Vaccination report Assam 1896-1927 - 1896-1927
Year: 1896
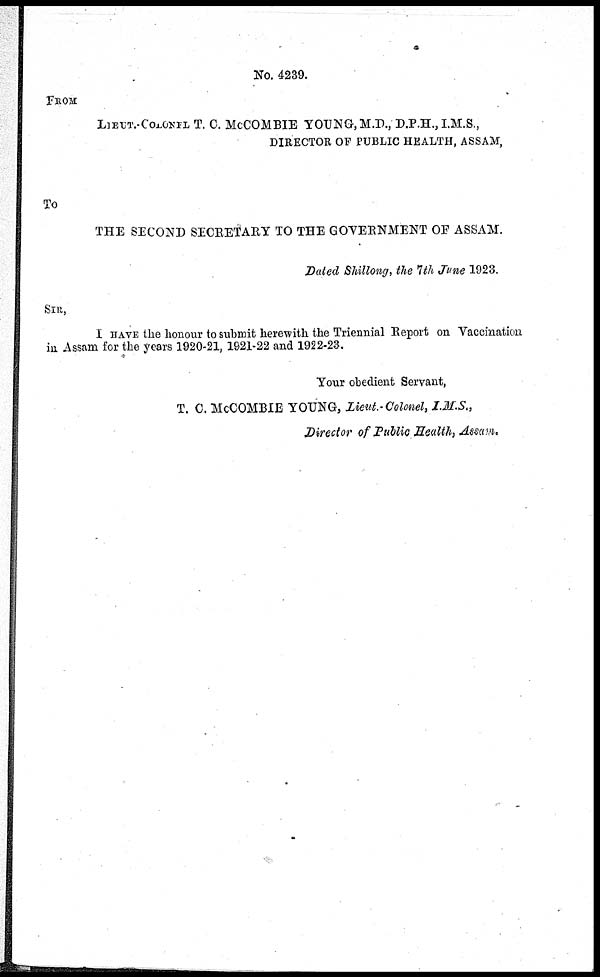
No. 4239.
FROM
LIEUT.-COLONEL T. C. McCOMBIE YOUNG, M.D ., D.P.H., I.M.S.,
DIRECTOR OF PUBLIC HEALTH, ASSAM,
To
THE SECOND SECRETARY TO THE GOVERNMENT OF ASSAM.
Dated Shillong, the 7th June 1923.
SIR,
I HAVE the honour to submit herewith the Triennial Report on Vaccination
in Assam for the years 1920-21, 1921-22 and 1922-23.
Your obedient Servant,
T. C. McCOMBIE YOUNG, Lieut.- Colonel, I.M.S.,
Director of Public Health, Assam.